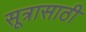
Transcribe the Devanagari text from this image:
सूत्रासाठी